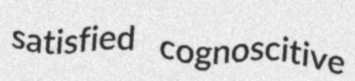
satisfied cognoscitive